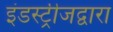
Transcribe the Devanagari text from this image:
इंडस्ट्रीजद्वारा